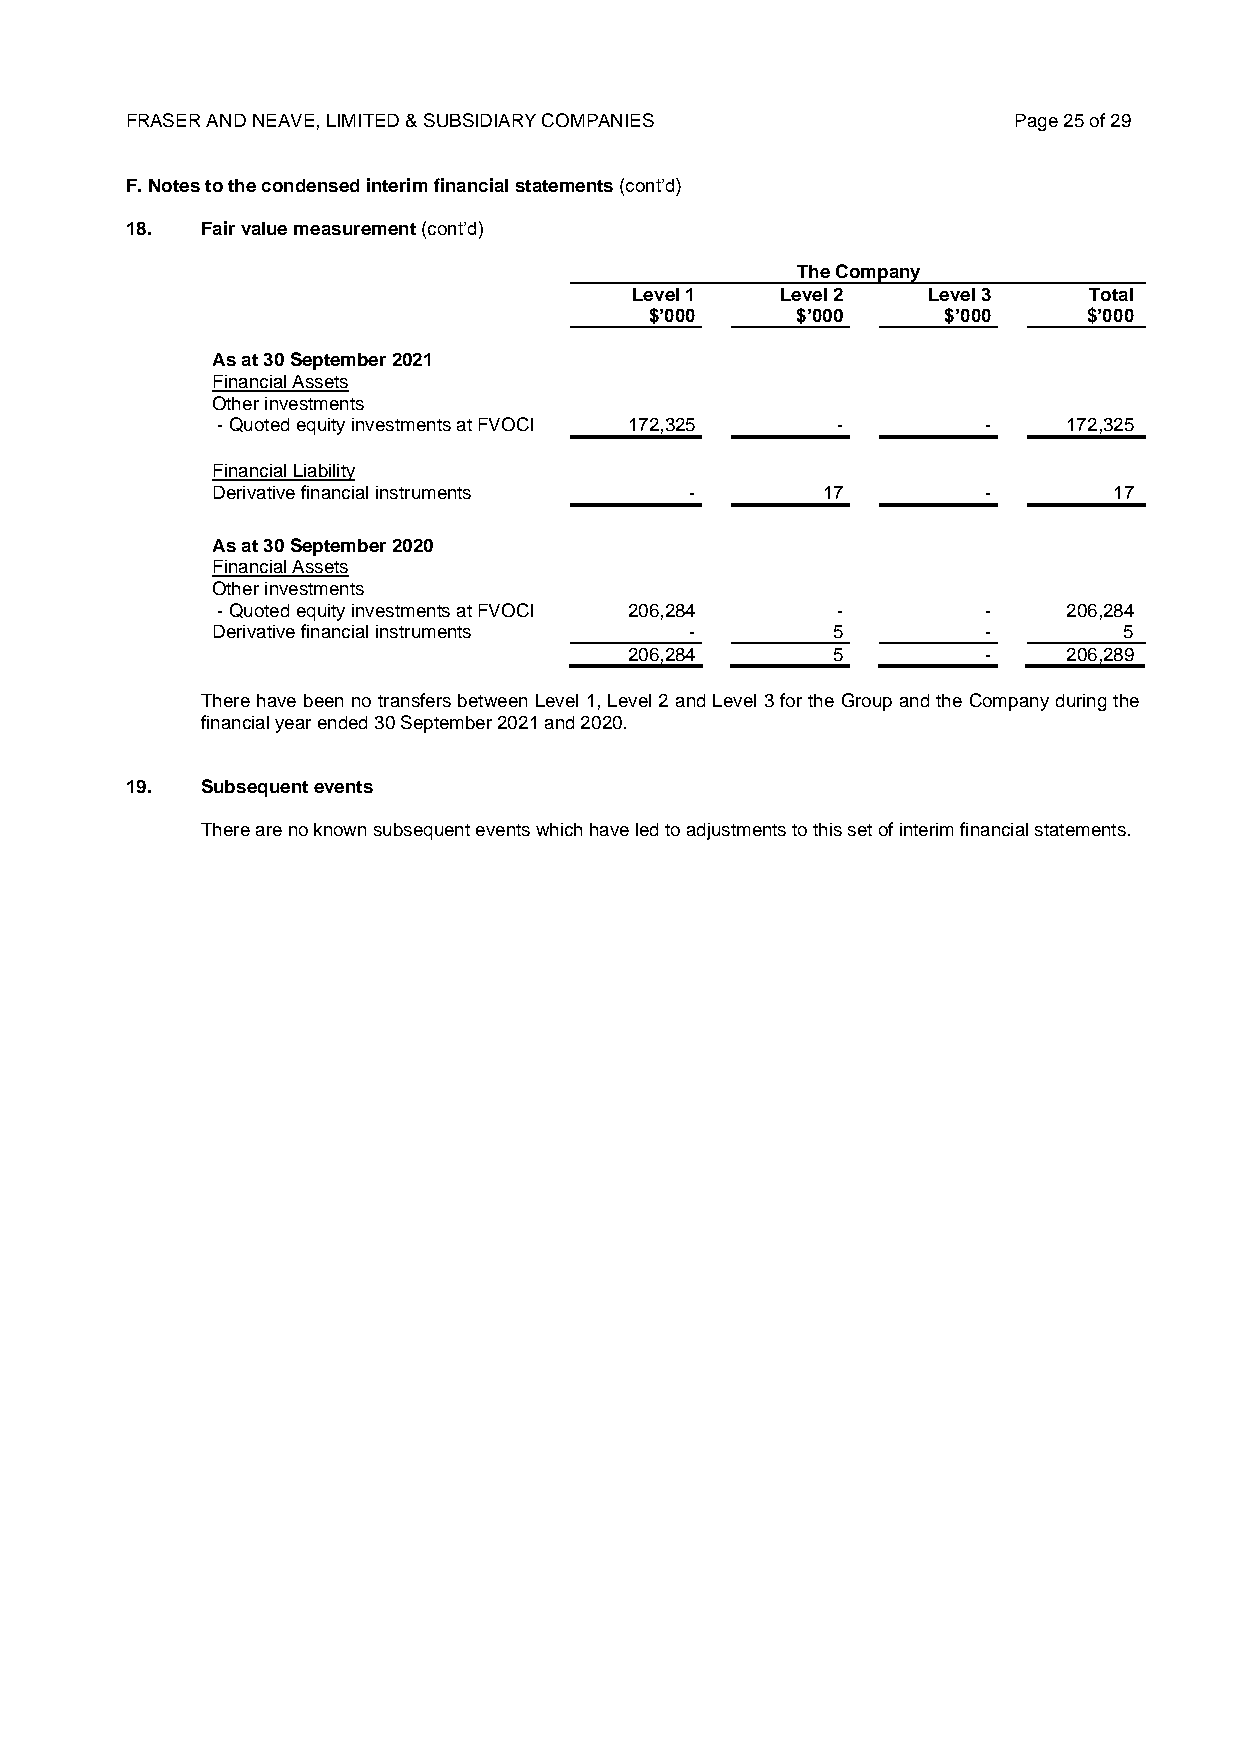
FRASER AND NEAVE, LIMITED & SUBSIDIARY COMPANIES           Page 25 of 29
 F. Notes to the condensed interim financial statements (cont’d)
 18.  Fair value measurement (cont’d)
 The Company
 Level 1   Level 2  Level 3    Total
 $’000     $’000    $’000     $’000
 As at 30 September 2021
 Financial Assets
 Other investments
 - Quoted equity investments at FVOCI 172,325 -     -     172,325
 Financial Liability
 Derivative financial instruments -      17         -        17
 As at 30 September 2020
 Financial Assets
 Other investments
 - Quoted equity investments at FVOCI 206,284 -     -     206,284
 Derivative financial instruments -       5         -        5
 206,284      5         -     206,289
 There have been no transfers between Level 1, Level 2 and Level 3 for the Group and the Company during the
 financial year ended 30 September 2021 and 2020.
 19.  Subsequent events
 There are no known subsequent events which have led to adjustments to this set of interim financial statements.